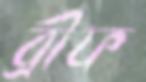
ব্রীফ